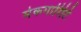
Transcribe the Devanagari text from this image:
मेकगारिटि